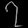
Digit: ၇